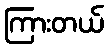
ကြားတယ်